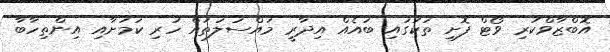
އޮބްޒާވްކުރި ވޯޓް ފޮށި ތަކުގައި ބައެއް އިދާރީ މައްސަލަތައް ހުރި ކަމަށާއި އިންތިހާބާ